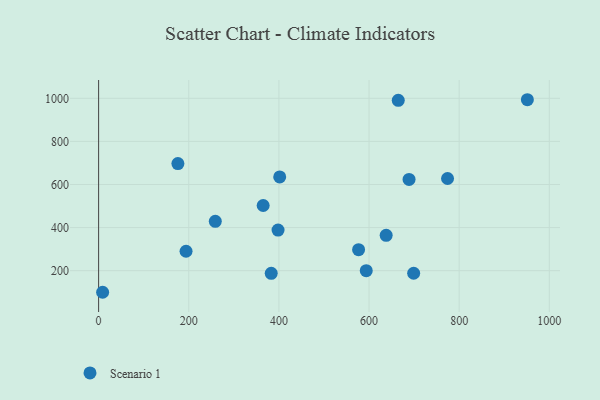
{"axis": {"x": "Price", "y": "Rating"}, "legend": ["Scenario 1"], "data": [{"x": "664.8", "y": 990.8, "type": "Scenario 1"}, {"x": "365.1", "y": 502.6, "type": "Scenario 1"}, {"x": "258.9", "y": 429.2, "type": "Scenario 1"}, {"x": "699.0", "y": 188.1, "type": "Scenario 1"}, {"x": "8.9", "y": 99.7, "type": "Scenario 1"}, {"x": "576.8", "y": 297.6, "type": "Scenario 1"}, {"x": "383.0", "y": 187.5, "type": "Scenario 1"}, {"x": "951.3", "y": 993.5, "type": "Scenario 1"}, {"x": "398.1", "y": 388.6, "type": "Scenario 1"}, {"x": "688.8", "y": 623.4, "type": "Scenario 1"}, {"x": "401.8", "y": 635.1, "type": "Scenario 1"}, {"x": "593.8", "y": 199.8, "type": "Scenario 1"}, {"x": "638.0", "y": 364.1, "type": "Scenario 1"}, {"x": "175.9", "y": 697.3, "type": "Scenario 1"}, {"x": "194.0", "y": 290.2, "type": "Scenario 1"}, {"x": "774.2", "y": 627.9, "type": "Scenario 1"}]}